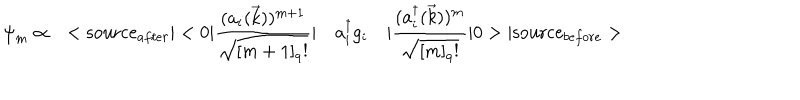
{ \psi } _ { m } \propto \quad < \mathrm { s o u r c e } _ { a f t e r } \vert < 0 \vert \frac { ( a _ { i } ( \vec { k } ) ) ^ { m + 1 } } { \sqrt { [ m + 1 ] _ { q } ! } } \vert \quad a _ { i } ^ { \dagger } g _ { i } \quad \vert \frac { ( a _ { i } ^ { \dagger } ( \vec { k } ) ) ^ { m } } { \sqrt { [ m ] _ { q } ! } } \vert 0 > \vert \mathrm { s o u r c e } _ { b e f o r e } >